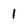
Character: 1